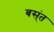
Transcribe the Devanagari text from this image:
बस्ंत